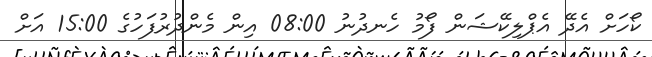
ކޯހަށް އެދޭ އެޕްލިކޭޝަން ފޯމު ހެނދުނު 08:00 އިން މެންދުރުފަހުގެ 15:00 އަށް